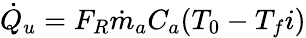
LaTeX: \begin{array}{r}{{\dot{Q}}_{u}=F_{R}\dot{m}_{a}C_{a}(T_{0}-T_{f}i)}\end{array}